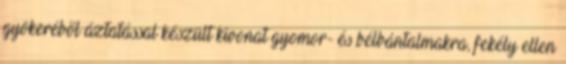
gyökeréből áztatással készült kivonat gyomor- és bélbántalmakra, fekély ellen